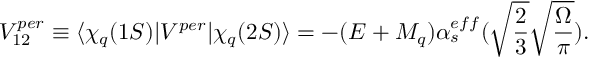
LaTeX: V _ { 1 2 } ^ { p e r } \equiv \langle \chi _ { q } ( 1 S ) | V ^ { p e r } | \chi _ { q } ( 2 S ) \rangle = - ( E + M _ { q } ) \alpha _ { s } ^ { e f f } ( \sqrt { { \frac { 2 } { 3 } } } \sqrt { \frac { \Omega } { \pi } } ) .